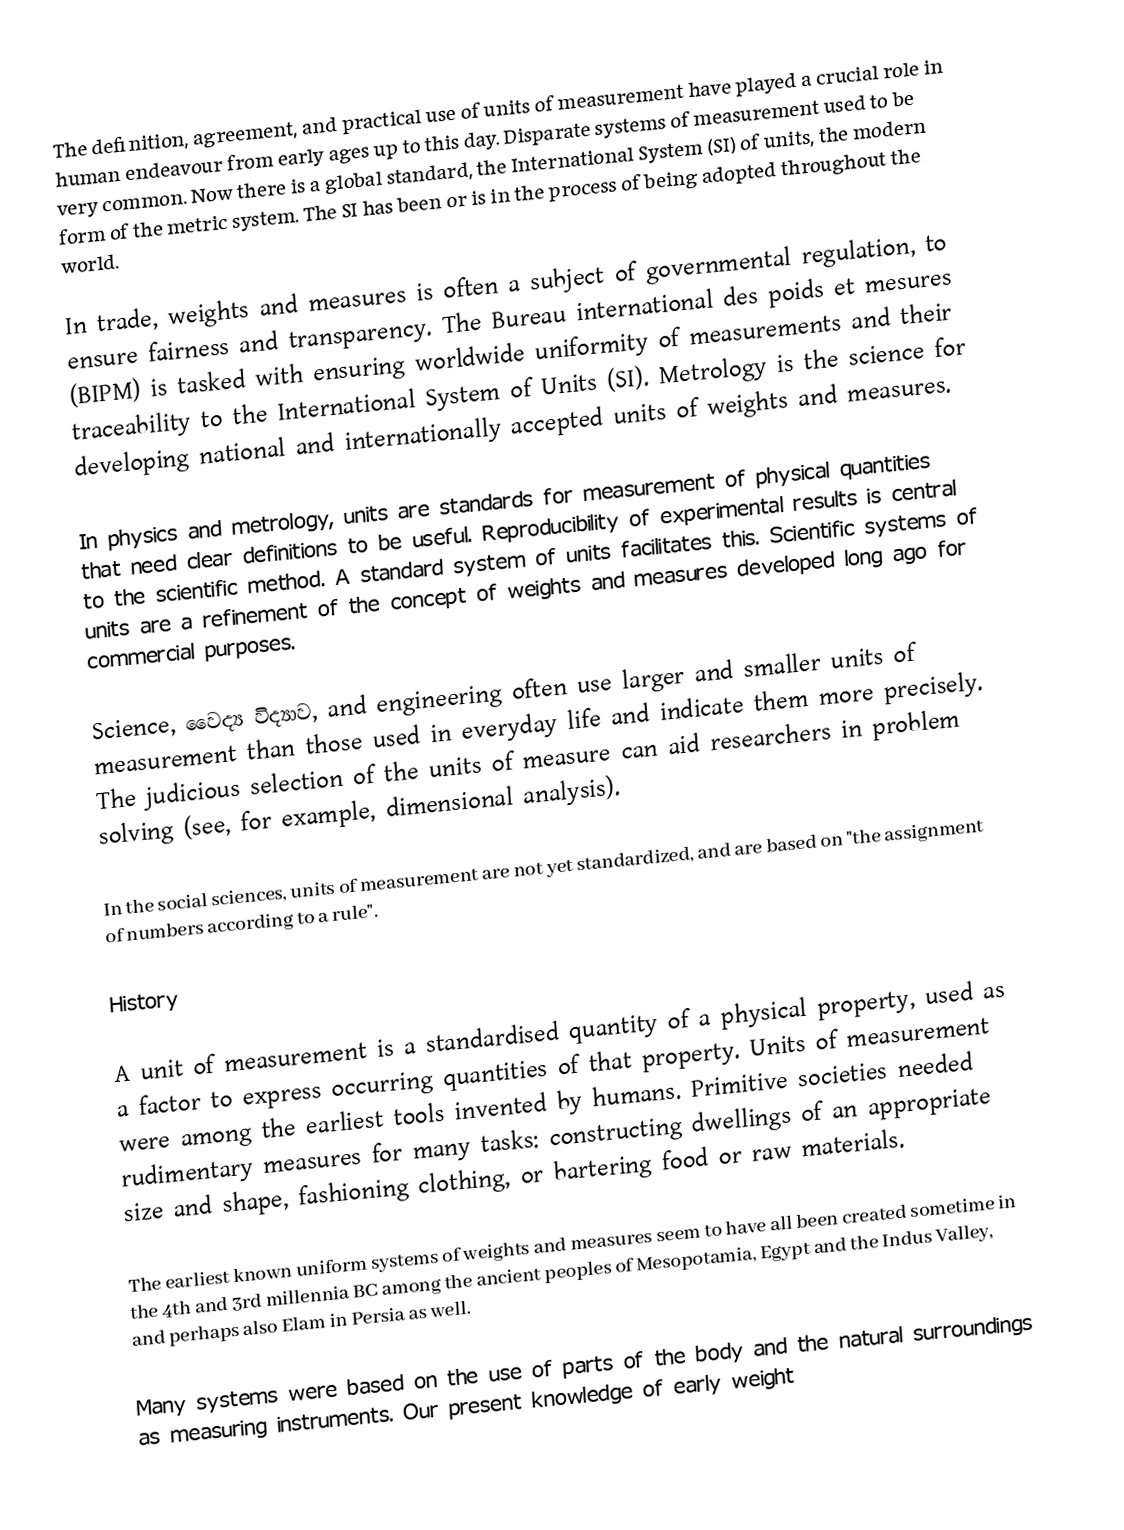
The definition, agreement, and practical use of units of measurement have played a crucial role in human endeavour from early ages up to this day.  Disparate systems of measurement used to be very common.  Now there is a global standard, the International System (SI) of units, the modern form of the metric system.  The SI has been or is in the process of being adopted throughout the world.

In trade, weights and measures is often a subject of governmental regulation, to ensure fairness and transparency.  The Bureau international des poids et mesures (BIPM) is tasked with ensuring worldwide uniformity of measurements and their traceability to the International System of Units (SI).  Metrology is the science for developing national and internationally accepted units of weights and measures.

In physics and metrology, units are standards for measurement of physical quantities that need clear definitions to be useful. Reproducibility of experimental results is central to the scientific method. A standard system of units facilitates this. Scientific systems of units are a refinement of the concept of weights and measures developed long ago for commercial purposes.

Science, වෛද්‍ය විද්‍යාව, and engineering often use larger and smaller units of measurement than those used in everyday life and indicate them more precisely.  The judicious selection of the units of measure can aid researchers in problem solving (see, for example, dimensional analysis).

In the social sciences, units of measurement are not yet standardized, and are based on "the assignment of numbers according to a rule".

History

A unit of measurement is a standardised quantity of a physical property, used as a factor to express occurring quantities of that property. Units of measurement were among the earliest tools invented by humans. Primitive societies needed rudimentary measures for many tasks: constructing dwellings of an appropriate size and shape, fashioning clothing, or bartering food or raw materials.

The earliest known uniform systems of weights and measures seem to have all been created sometime in the 4th and 3rd millennia BC among the ancient peoples of Mesopotamia, Egypt and the Indus Valley, and perhaps also Elam in Persia as well.

Many systems were based on the use of parts of the body and the natural surroundings as measuring instruments. Our present knowledge of early weight